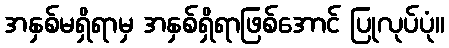
အနှစ်မရှိရာမှ အနှစ်ရှိရာဖြစ်အောင် ပြုလုပ်ပုံ။